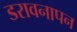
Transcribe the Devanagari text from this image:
डरावनापन